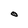
Character: O